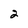
Character: 2